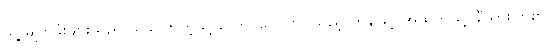
သူ့ မျက်ခုံးများသည် ယခင်ကကဲ့သို့ လှောင်ပြောင်လိုသည့် ဟန်ဖြင့် အထက်သို့ ချီသွားကြ၏။